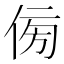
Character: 𠊓